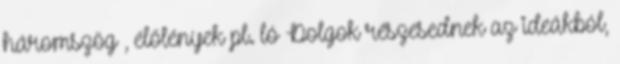
háromszög , élőlények pl. ló Dolgok részesednek az ideákból,